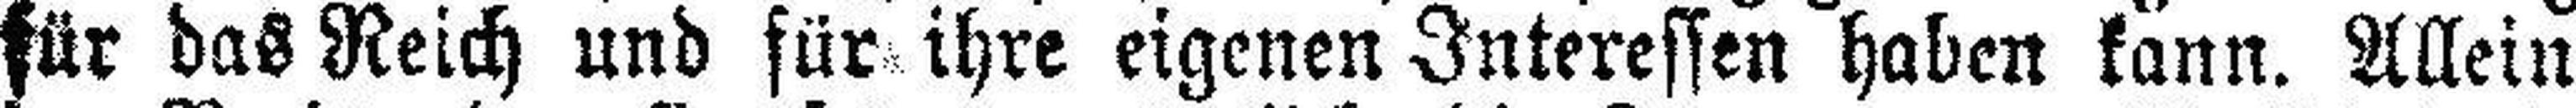
für das Reich und für ihre eigenen Interessen haben kann. Allein